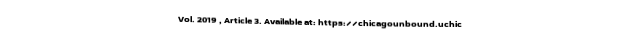
Vol. 2019 , Article 3. Available at: https://chicagounbound.uchic